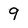
Character: 9